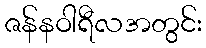
ဇန်နဝါရီလအတွင်း